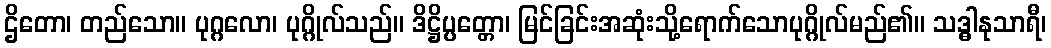
ဌိတော၊ တည်သော။ ပုဂ္ဂလော၊ ပုဂ္ဂိုလ်သည်။ ဒိဋ္ဌိပ္ပတ္တော၊ မြင်ခြင်းအဆုံးသို့ရောက်သောပုဂ္ဂိုလ်မည်၏။ သဒ္ဓါနုသာရီ၊